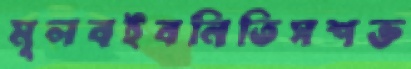
মূলবইবনিতিসশক্ত